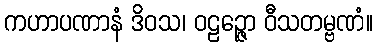
ကဟာပဏာနံ ဒိဝသ၊ ဝဠဉ္ဇော ဝီသတမ္ဗဏံ။